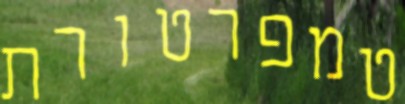
טמפרטורת